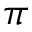
\pi